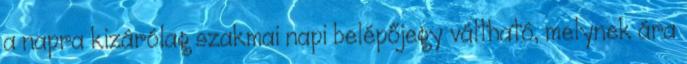
a napra kizárólag szakmai napi belépőjegy váltható, melynek ára